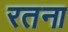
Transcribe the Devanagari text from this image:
रतना